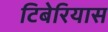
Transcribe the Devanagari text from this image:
टिबेरियास